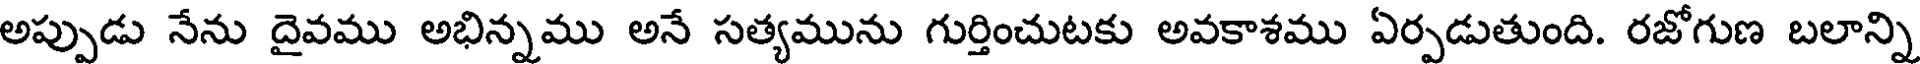
అప్పుడు నేను దైవము అభిన్నము అనే సత్యమును గుర్తించుటకు అవకాశము ఏర్పడుతుంది. రజోగుణ బలాన్ని